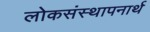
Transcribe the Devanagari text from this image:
लोकसंस्थापनार्थ